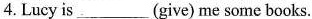
4.Lucy is__(give) me some books.